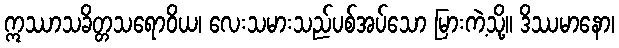
ဣဿာသခိတ္တသရောဝိယ၊ လေးသမားသည်ပစ်အပ်သော မြားကဲ့သို့။ ဒိဿမာနော၊